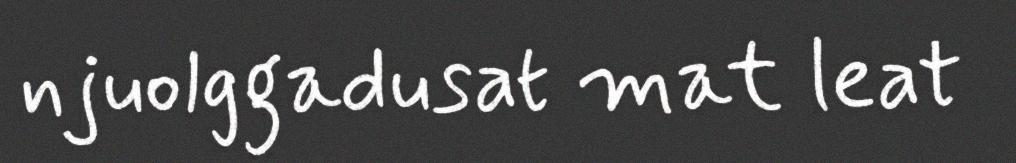
njuolggadusat mat leat